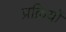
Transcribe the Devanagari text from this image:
प्रक्रियों